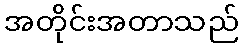
အတိုင်းအတာသည်